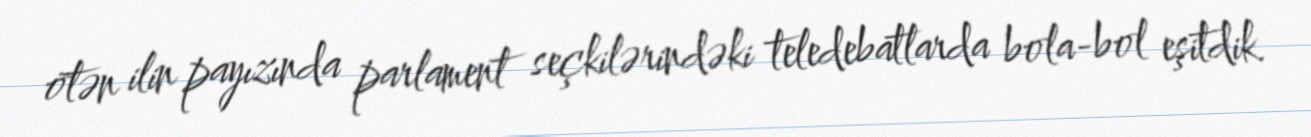
ötən ilin payızında parlament seçkilərindəki teledebatlarda bola-bol eşitdik.